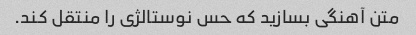
متن آهنگی بسازید که حس نوستالژی را منتقل کند.